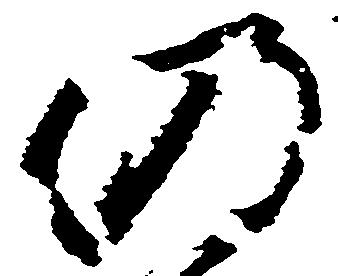
仍